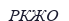
РКЖО